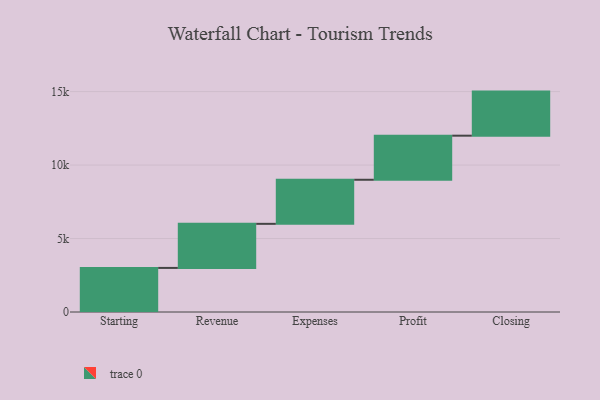
{"axis": {"x": "Step", "y": "Value"}, "legend": [""], "data": [{"x": "Starting", "y": 3000, "type": ""}, {"x": "Revenue", "y": 3000, "type": ""}, {"x": "Expenses", "y": 3000, "type": ""}, {"x": "Profit", "y": 3000, "type": ""}, {"x": "Closing", "y": 3000, "type": ""}]}